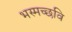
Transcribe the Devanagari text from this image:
भस्मच्छवि